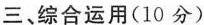
三、综合运用(10分)